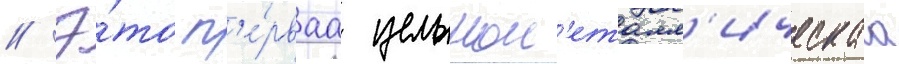
// Э́то п'е́рваа цельном'еталл'ическаа